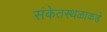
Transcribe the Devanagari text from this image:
संकेतस्थळाकडे